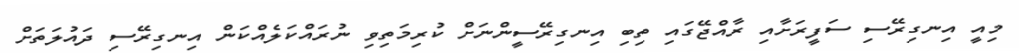
މިއީ އިނގިރޭސި ސަފީރަށާއި ރާއްޖޭގައި ތިބި އިނގިރޭސީންނަށް ކުރިމަތިވި ނުރައްކަލެއްކަން އިނގިރޭސި ދައުލަތަށް